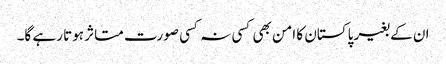
ان کے بغیر پاکستان کا امن بھی کسی نہ کسی صورت متاثر ہوتا رہے گا۔